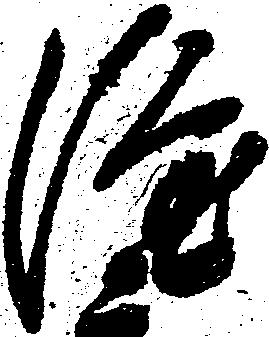
隆